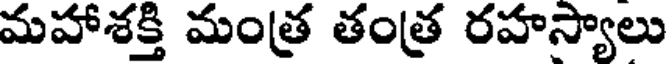
మహాశక్తి మంత్ర తంత్ర రహస్యాలు